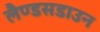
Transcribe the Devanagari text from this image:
लैण्डसडाउन